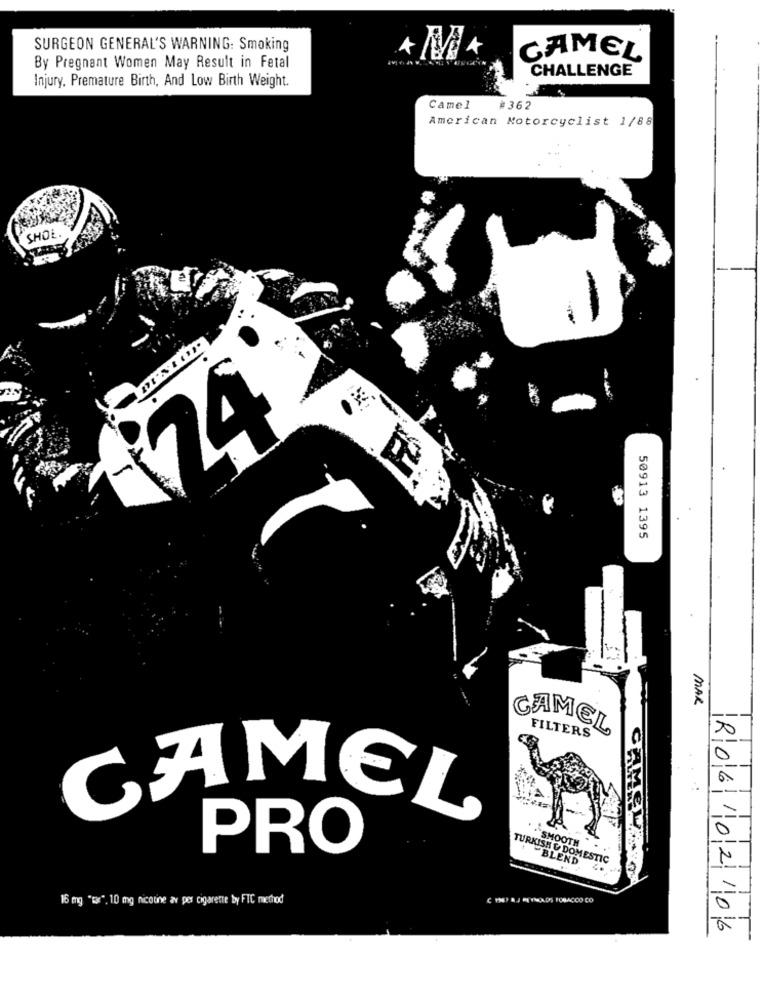
SURGEON GENERAL'S WARNING: Smoking
CAMEL
By Pregnant Women May Result in Fetal
CHALLENGE
Injury, Premature Birth, And Low Birth Weight.
Camel
362
American Motorcyclist 1/88
SHOE.
..
24
50913 1395
MAR
CAMEL
FILTERS
CAMEL
SMOOTH
PRO
TURKISH & DOMESTIC
BLEND
CAMSLAIN
15 mg "tar", 10 mg nicotine av per cigarette by FTC method
( 1) RJ PEYNIRADS FORACCO CO
RO6/02/06